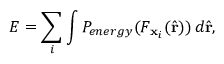
E = \sum _ { i } \int P _ { e n e r g y } ( F _ { \mathbf { x } _ { i } } ( \hat { \mathbf { r } } ) ) \, d \hat { \mathbf { r } } ,